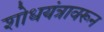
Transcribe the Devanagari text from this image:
शोधयंत्रावरून